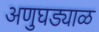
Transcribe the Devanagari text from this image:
अणुघड्याळ